342_HS1-416511228_319.1 Flying Discs 1949
Agency: Department of War
Incident date: 1/9/50
Page 69
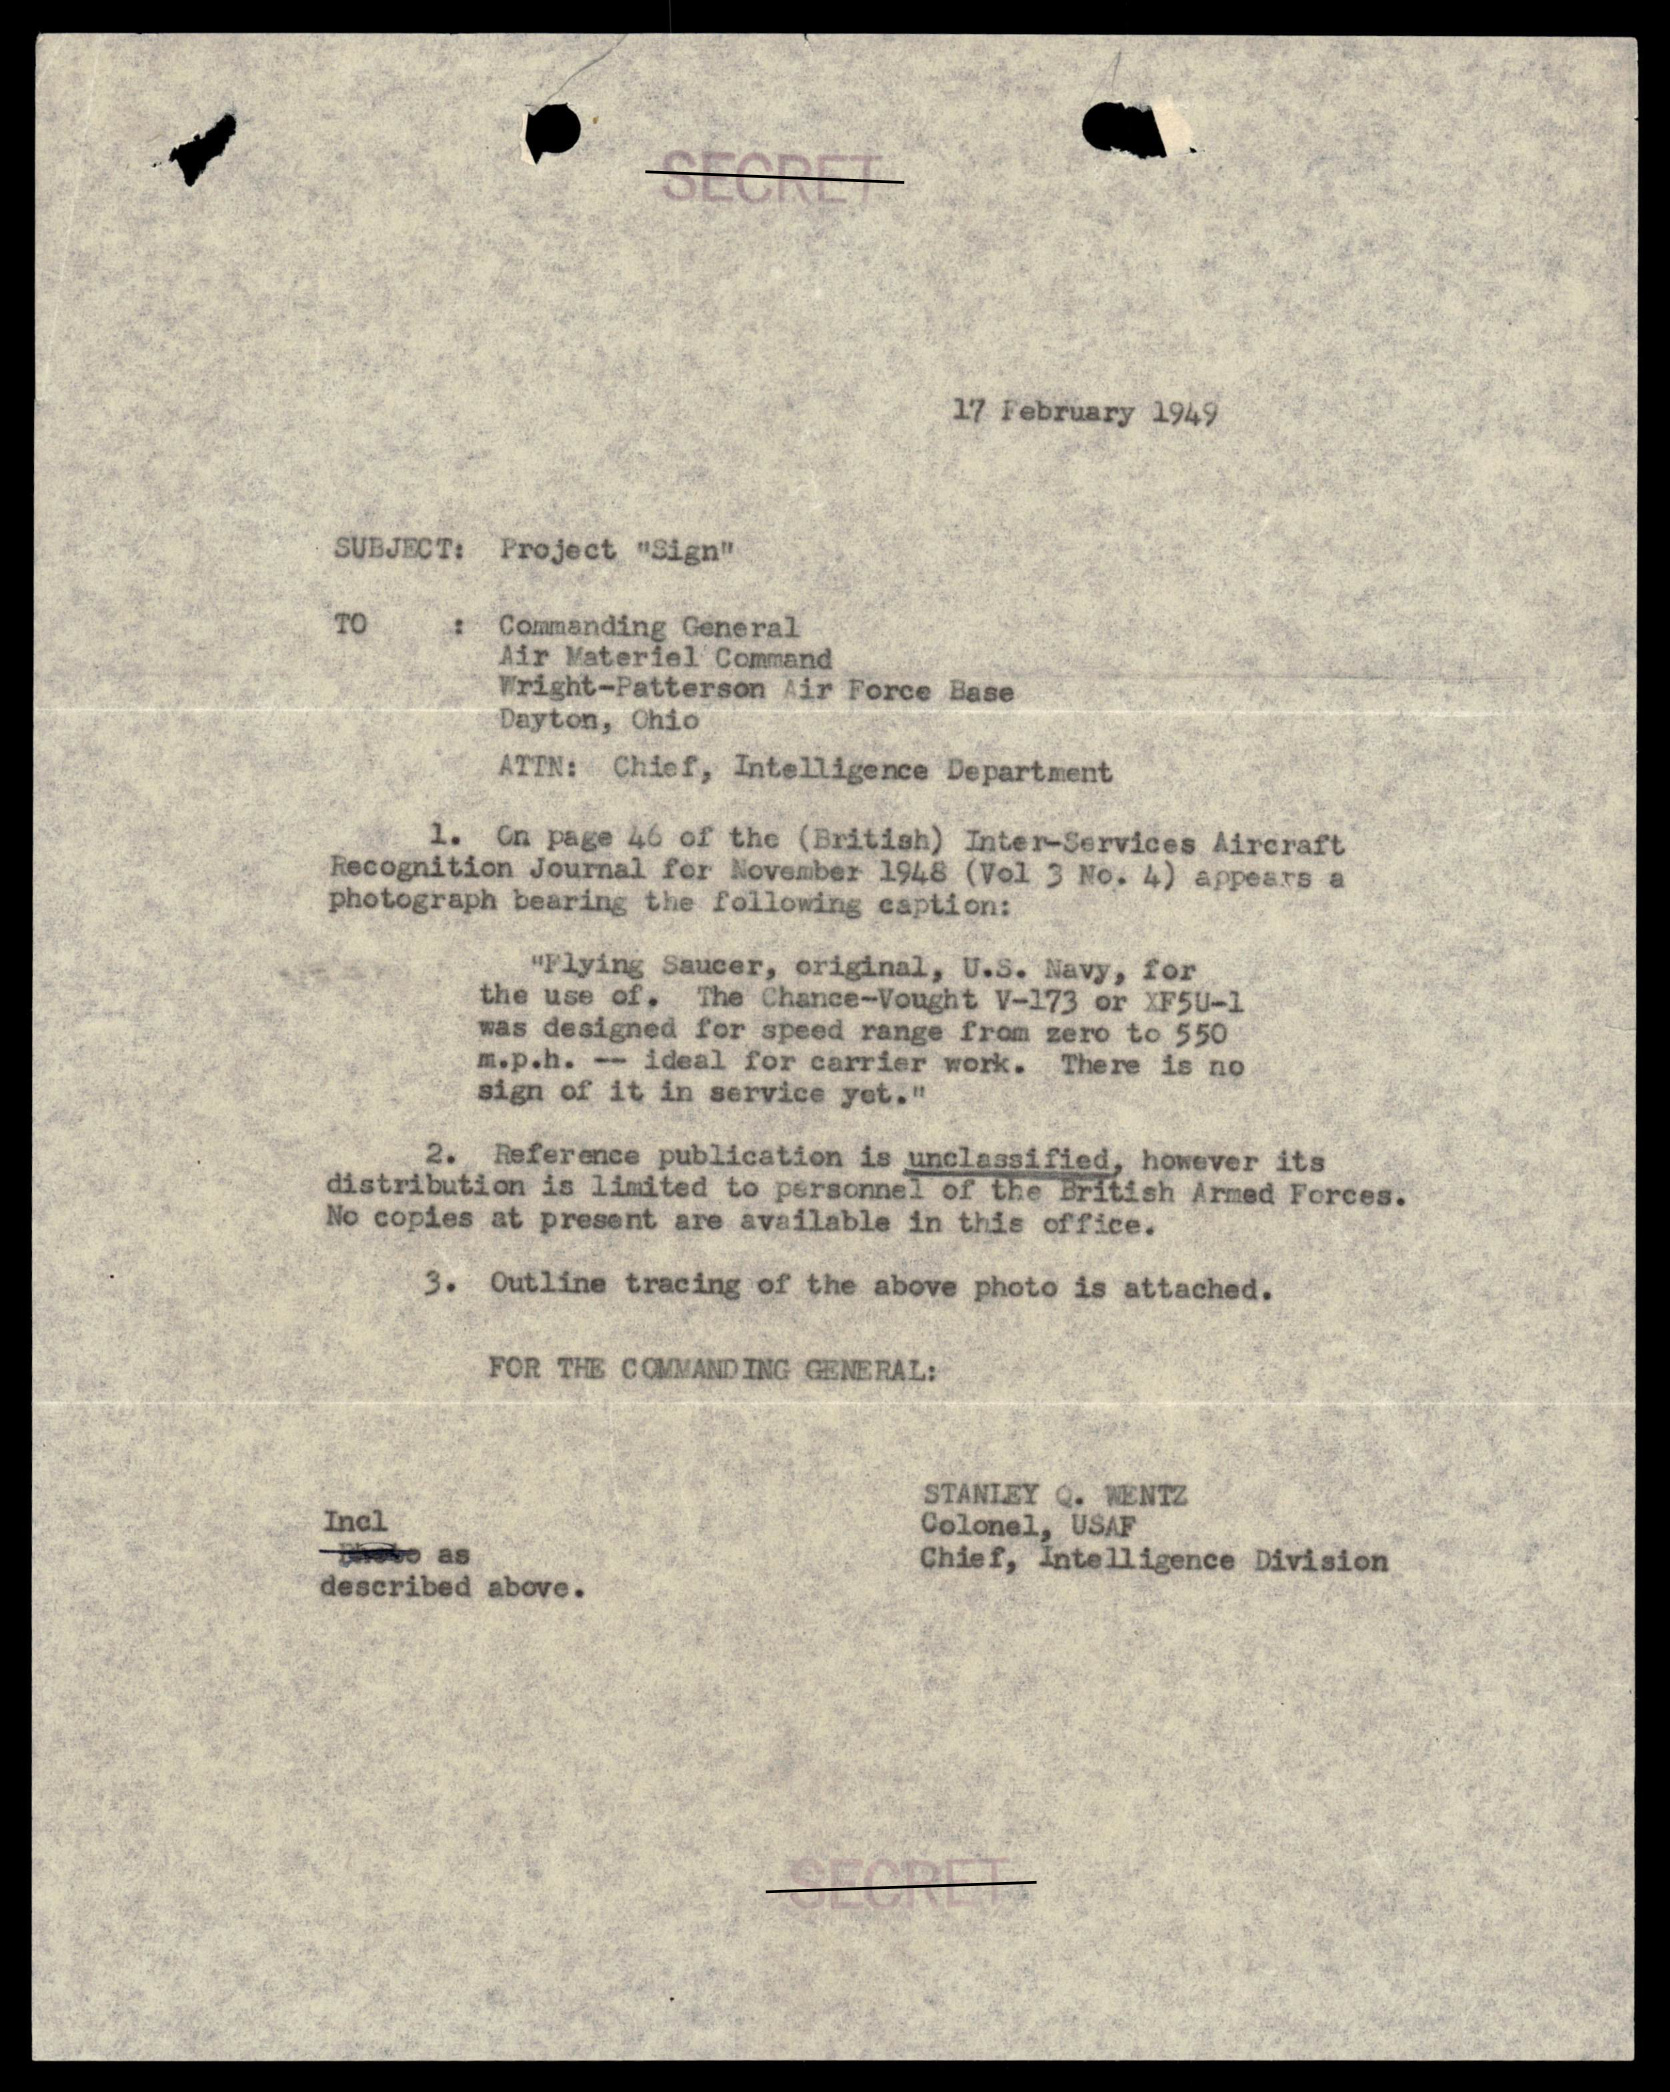